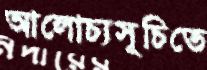
আলোচ্যসূচিতে